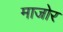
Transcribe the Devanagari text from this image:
माजोर